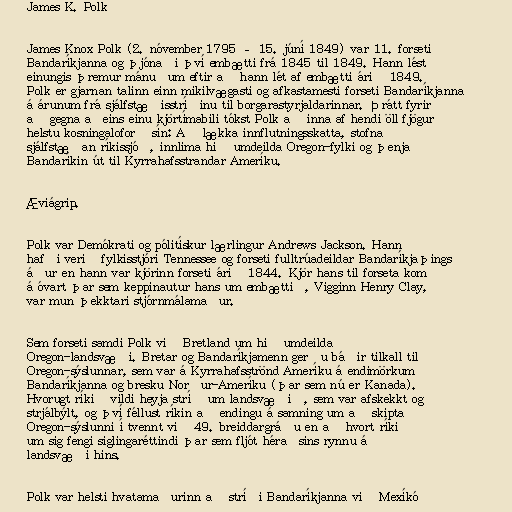
James K. Polk

James Knox Polk (2. nóvember 1795 – 15. júní 1849) var 11. forseti
Bandaríkjanna og þjónaði því embætti frá 1845 til 1849. Hann lést
einungis þremur mánuðum eftir að hann lét af embætti árið 1849.
Polk er gjarnan talinn einn mikilvægasti og afkastamesti forseti Bandaríkjanna
á árunum frá sjálfstæðisstríðinu til borgarastyrjaldarinnar. Þrátt fyrir
að gegna aðeins einu kjörtímabili tókst Polk að inna af hendi öll fjögur
helstu kosningaloforð sín: Að lækka innflutningsskatta, stofna
sjálfstæðan ríkissjóð, innlima hið umdeilda Oregon-fylki og þenja
Bandaríkin út til Kyrrahafsstrandar Ameríku.

Æviágrip.

Polk var Demókrati og pólitískur lærlingur Andrews Jackson. Hann
hafði verið fylkisstjóri Tennessee og forseti fulltrúadeildar Bandaríkjaþings
áður en hann var kjörinn forseti árið 1844. Kjör hans til forseta kom
á óvart þar sem keppinautur hans um embættið, Vigginn Henry Clay,
var mun þekktari stjórnmálamaður.

Sem forseti samdi Polk við Bretland um hið umdeilda
Oregon-landsvæði. Bretar og Bandaríkjamenn gerðu báðir tilkall til
Oregon-sýslunnar, sem var á Kyrrahafsströnd Ameríku á endimörkum
Bandaríkjanna og bresku Norður-Ameríku (þar sem nú er Kanada).
Hvorugt ríkið vildi heyja stríð um landsvæðið, sem var afskekkt og
strjálbýlt, og því féllust ríkin að endingu á samning um að skipta
Oregon-sýslunni í tvennt við 49. breiddargráðu en að hvort ríkið
um sig fengi siglingaréttindi þar sem fljót héraðsins rynnu á
landsvæði hins.

Polk var helsti hvatamaðurinn að stríði Bandaríkjanna við Mexíkó